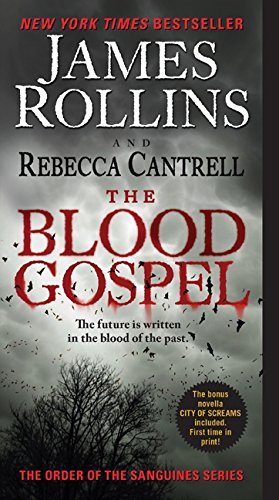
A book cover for The Blood Gospel: The Order of the Sanguines Series; James Rollins; Christian Books & Bibles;